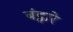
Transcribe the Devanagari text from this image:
बंट्वारे